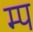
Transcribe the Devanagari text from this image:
म्प